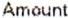
AMOUNT